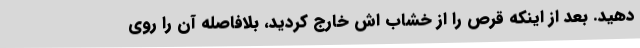
دهید. بعد از اینکه قرص را از خشاب اش خارج کردید، بلافاصله آن را روی